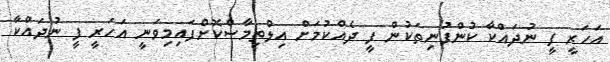
އަހަރީ ފީ ނުދައްކާ ކުންފުނިތަކުން ފީ ދެއްކުމަށް އިލްތިމާސްކޮށްފައިމިވަނީ އަހަރީ ފީ ނުދައްކާ